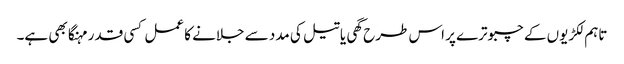
تاہم لکڑیوں کے چبوترے پر اس طرح گھی یا تیل کی مدد سے جلانے کا عمل کسی قدر مہنگا بھی ہے۔